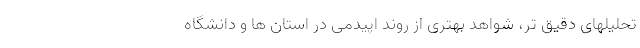
تحلیلهای دقیق تر، شواهد بهتری از روند اپیدمی در استان ها و دانشگاه